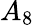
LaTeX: A_{8}